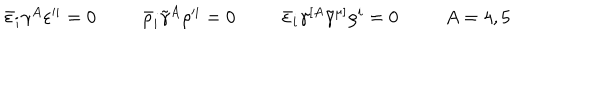
\begin{array} { c c c c } { { \bar { \varepsilon } _ { i } \gamma ^ { A } \varepsilon ^ { \prime i } = 0 } } & { { \bar { \rho } _ { i } \tilde { \gamma } ^ { A } \rho ^ { \prime i } = 0 } } & { { \bar { \varepsilon } _ { i } \gamma ^ { [ A } \tilde { \gamma } ^ { \mu ] } \rho ^ { i } = 0 } } & { { A = 4 , 5 } } \\ \end{array}